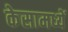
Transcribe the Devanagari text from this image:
केसामध्यें